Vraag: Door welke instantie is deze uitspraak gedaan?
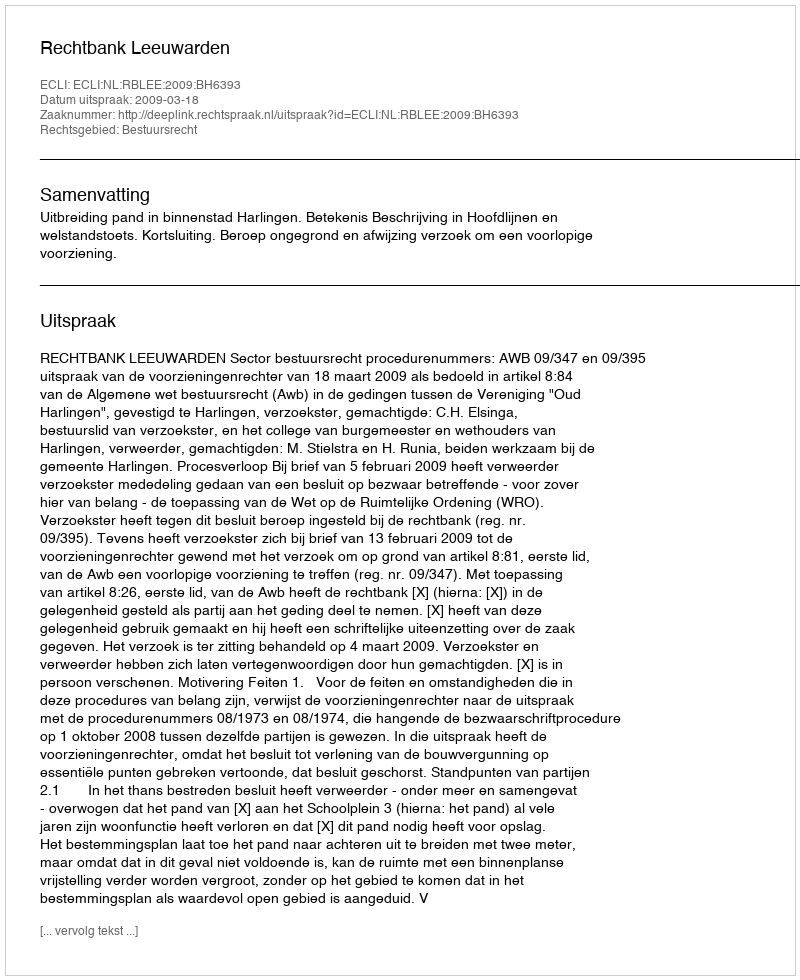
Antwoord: Rechtbank Leeuwarden